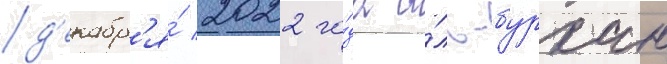
д'екабр'я́ 2022 го́да а́ль-бурхан